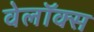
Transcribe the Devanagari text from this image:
वेलॉक्स